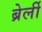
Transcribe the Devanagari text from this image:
ब्रेर्ली